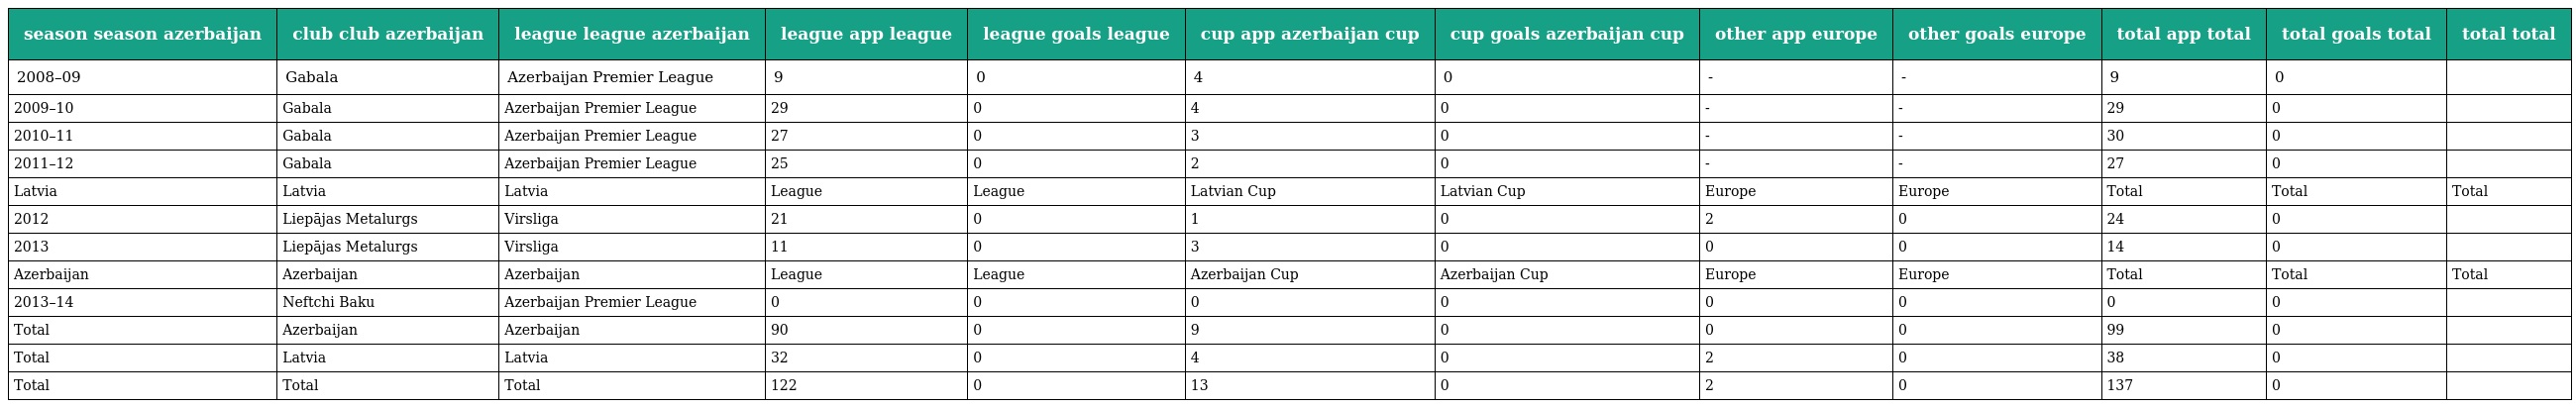
| season season azerbaijan | club club azerbaijan | league league azerbaijan | league app league | league goals league | cup app azerbaijan cup | cup goals azerbaijan cup | other app europe | other goals europe | total app total | total goals total | total  total |
 | --- | --- | --- | --- | --- | --- | --- | --- | --- | --- | --- | --- |
 | 2008–09 | Gabala | Azerbaijan Premier League | 9 | 0 | 4 | 0 | - | - | 9 | 0 |  |
 | 2009–10 | Gabala | Azerbaijan Premier League | 29 | 0 | 4 | 0 | - | - | 29 | 0 |  |
 | 2010–11 | Gabala | Azerbaijan Premier League | 27 | 0 | 3 | 0 | - | - | 30 | 0 |  |
 | 2011–12 | Gabala | Azerbaijan Premier League | 25 | 0 | 2 | 0 | - | - | 27 | 0 |  |
 | Latvia | Latvia | Latvia | League | League | Latvian Cup | Latvian Cup | Europe | Europe | Total | Total | Total |
 | 2012 | Liepājas Metalurgs | Virsliga | 21 | 0 | 1 | 0 | 2 | 0 | 24 | 0 |  |
 | 2013 | Liepājas Metalurgs | Virsliga | 11 | 0 | 3 | 0 | 0 | 0 | 14 | 0 |  |
 | Azerbaijan | Azerbaijan | Azerbaijan | League | League | Azerbaijan Cup | Azerbaijan Cup | Europe | Europe | Total | Total | Total |
 | 2013–14 | Neftchi Baku | Azerbaijan Premier League | 0 | 0 | 0 | 0 | 0 | 0 | 0 | 0 |  |
 | Total | Azerbaijan | Azerbaijan | 90 | 0 | 9 | 0 | 0 | 0 | 99 | 0 |  |
 | Total | Latvia | Latvia | 32 | 0 | 4 | 0 | 2 | 0 | 38 | 0 |  |
 | Total | Total | Total | 122 | 0 | 13 | 0 | 2 | 0 | 137 | 0 |  |